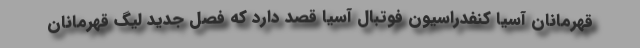
قهرمانان آسیا کنفدراسیون فوتبال آسیا قصد دارد که فصل جدید لیگ قهرمانان